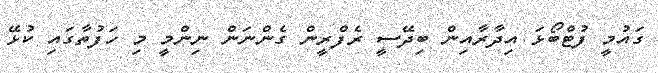
ގައުމީ ފުޓްބޯޅަ އިދާރާއިން ބިދޭސީ ރެފްރީން ގެންނަން ނިންމީ މި ހަފުތާގައި ކުޅޭ